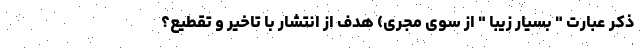
ذکر عبارت " بسیار زیبا " از سوی مجری) هدف از انتشار با تاخیر و تقطیع؟